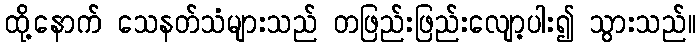
ထို့နောက် သေနတ်သံများသည် တဖြည်းဖြည်းလျော့ပါး၍ သွားသည်။